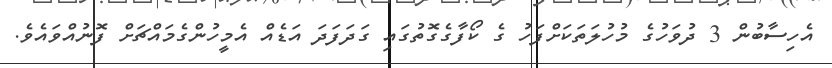
އެހިސާބުން 3 ދުވަހުގެ މުހުލަތަކަށްފަހު ގެ ކޯފާގެގޮތުގައި ގަދަފަދަ އަޑެއް އެމީހުންގެމައްޗަށް ފޮނުއްވައެވެ.